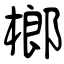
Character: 榔